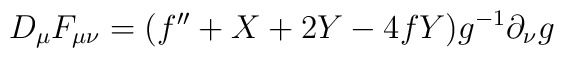
D_{\mu}F_{\mu\nu}=(f^{\prime\prime}+X+2Y-4fY)g^{-1}\partial_{\nu}g